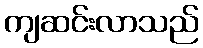
ကျဆင်းလာသည်